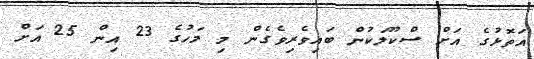
އަތޮޅުގެ އަށް ސްކޫލަކުން ބައިވެރިވެގެން މި މަހުގެ 23 އިން 25 އަށް